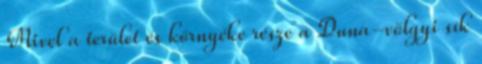
Mivel a terület és környéke része a Duna-völgyi sík